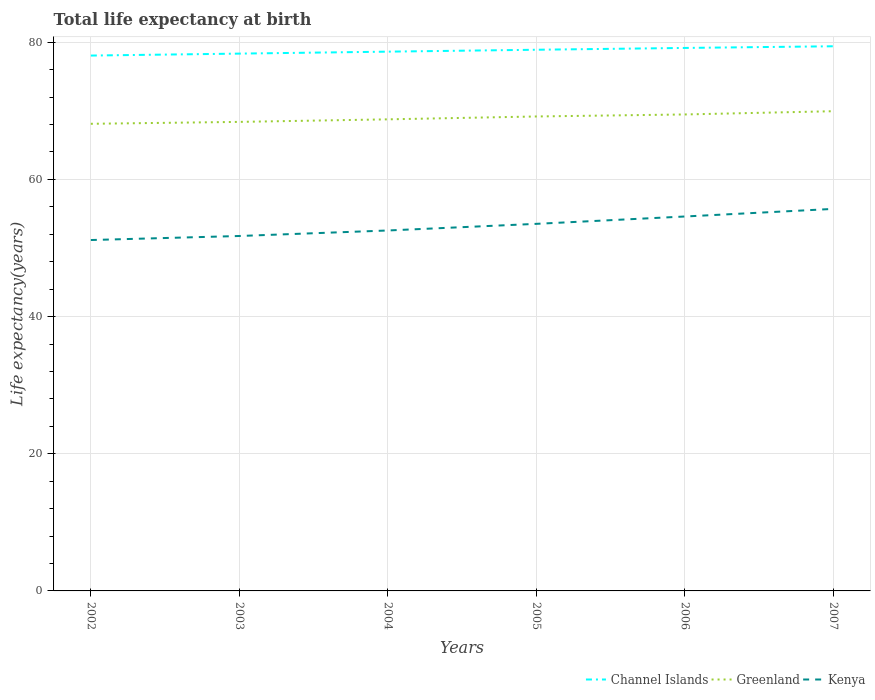
| Years | Channel Islands | Greenland | Kenya |
 | --- | --- | --- | --- |
 | 2002 | 78.1 | 68.1 | 51.2 |
 | 2003 | 78.3 | 68.4 | 51.7 |
 | 2004 | 78.6 | 68.8 | 52.6 |
 | 2005 | 78.9 | 69.2 | 53.5 |
 | 2006 | 79.2 | 69.5 | 54.6 |
 | 2007 | 79.4 | 69.9 | 55.7 |